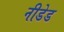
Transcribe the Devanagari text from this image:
नीडेड